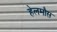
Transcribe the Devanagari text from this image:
हेलमौस